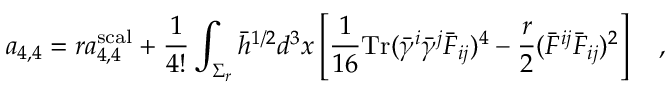
a _ { 4 , 4 } = r a _ { 4 , 4 } ^ { \mathrm { \tiny { s c a l } } } + { \frac { 1 } { 4 ! } } \int _ { \Sigma _ { r } } \bar { h } ^ { 1 / 2 } d ^ { 3 } x \left[ { \frac { 1 } { 1 6 } } \mathrm { T r } ( \bar { \gamma } ^ { i } \bar { \gamma } ^ { j } \bar { F } _ { i j } ) ^ { 4 } - { \frac { r } { 2 } } ( \bar { F } ^ { i j } \bar { F } _ { i j } ) ^ { 2 } \right] ~ ~ ~ ,